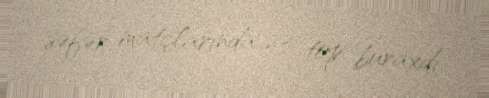
səfər matçlarında 23 top buraxdı.